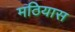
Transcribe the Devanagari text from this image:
मठियास